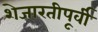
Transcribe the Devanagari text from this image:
शेजारतीपूर्वी